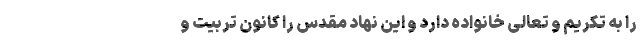
را به تکریم و تعالی خانواده دارد و این نهاد مقدس را کانون تربیت و